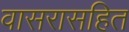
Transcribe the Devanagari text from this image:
वासरासहित